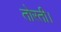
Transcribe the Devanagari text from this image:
तोरती।